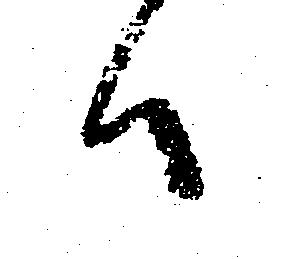
ハ